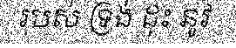
របស់ ទ្រង់ ដុះ នូវ